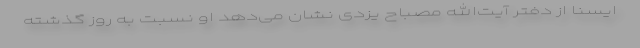
ایسنا از دفتر آیت‌الله مصباح یزدی نشان می‌دهد او نسبت به روز گذشته